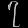
Digit: ၇